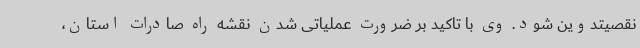
نقصیتدوین شود. وی با تاکید بر ضرورت عملیاتی شدن نقشه راه صادرات استان،